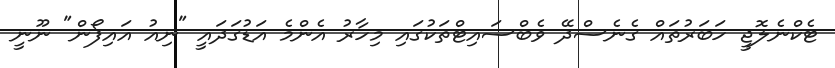
ޓެކްނެލޮޖީ ހަބަރުތައް ގެނެސްދޭ ވެބްސައިޓްތަކުގައި މިހާރު އެންމެ އަޑުގަދައީ "ނިއު އައިފޯން" ނޫނީ